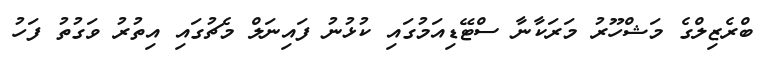
ބްރެޒިލްގެ މަޝްހޫރު މަރަކާނާ ސްޓޭޑިއަމުގައި ކުޅުނު ފައިނަލް މެޗުގައި އިތުރު ވަގުތު ފަހު